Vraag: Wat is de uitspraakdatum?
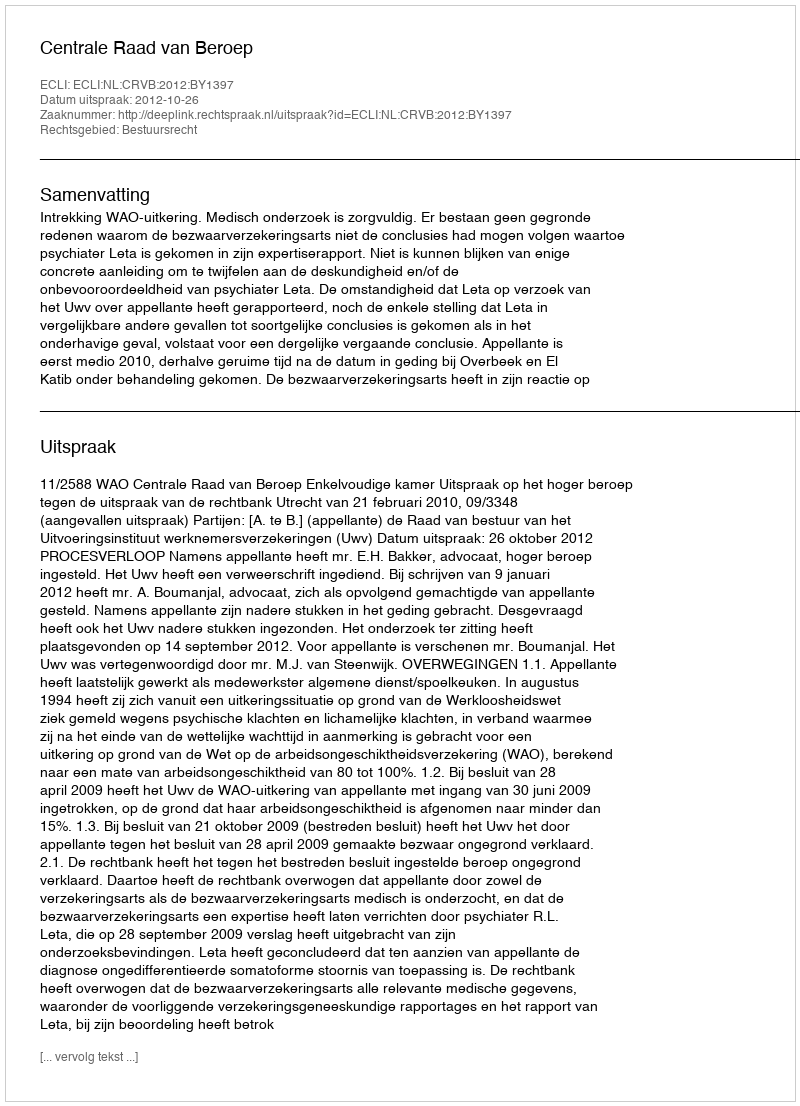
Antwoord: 2012-10-26